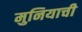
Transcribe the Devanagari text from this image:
मुनियाची